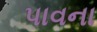
પાવના